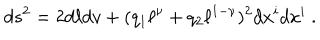
d s ^ { 2 } = 2 d \ell d v + ( q _ { 1 } \ell ^ { \nu } + q _ { 2 } \ell ^ { 1 - \nu } ) ^ { 2 } d x ^ { i } d x ^ { i } \ .